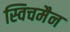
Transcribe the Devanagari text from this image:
स्विचमैन